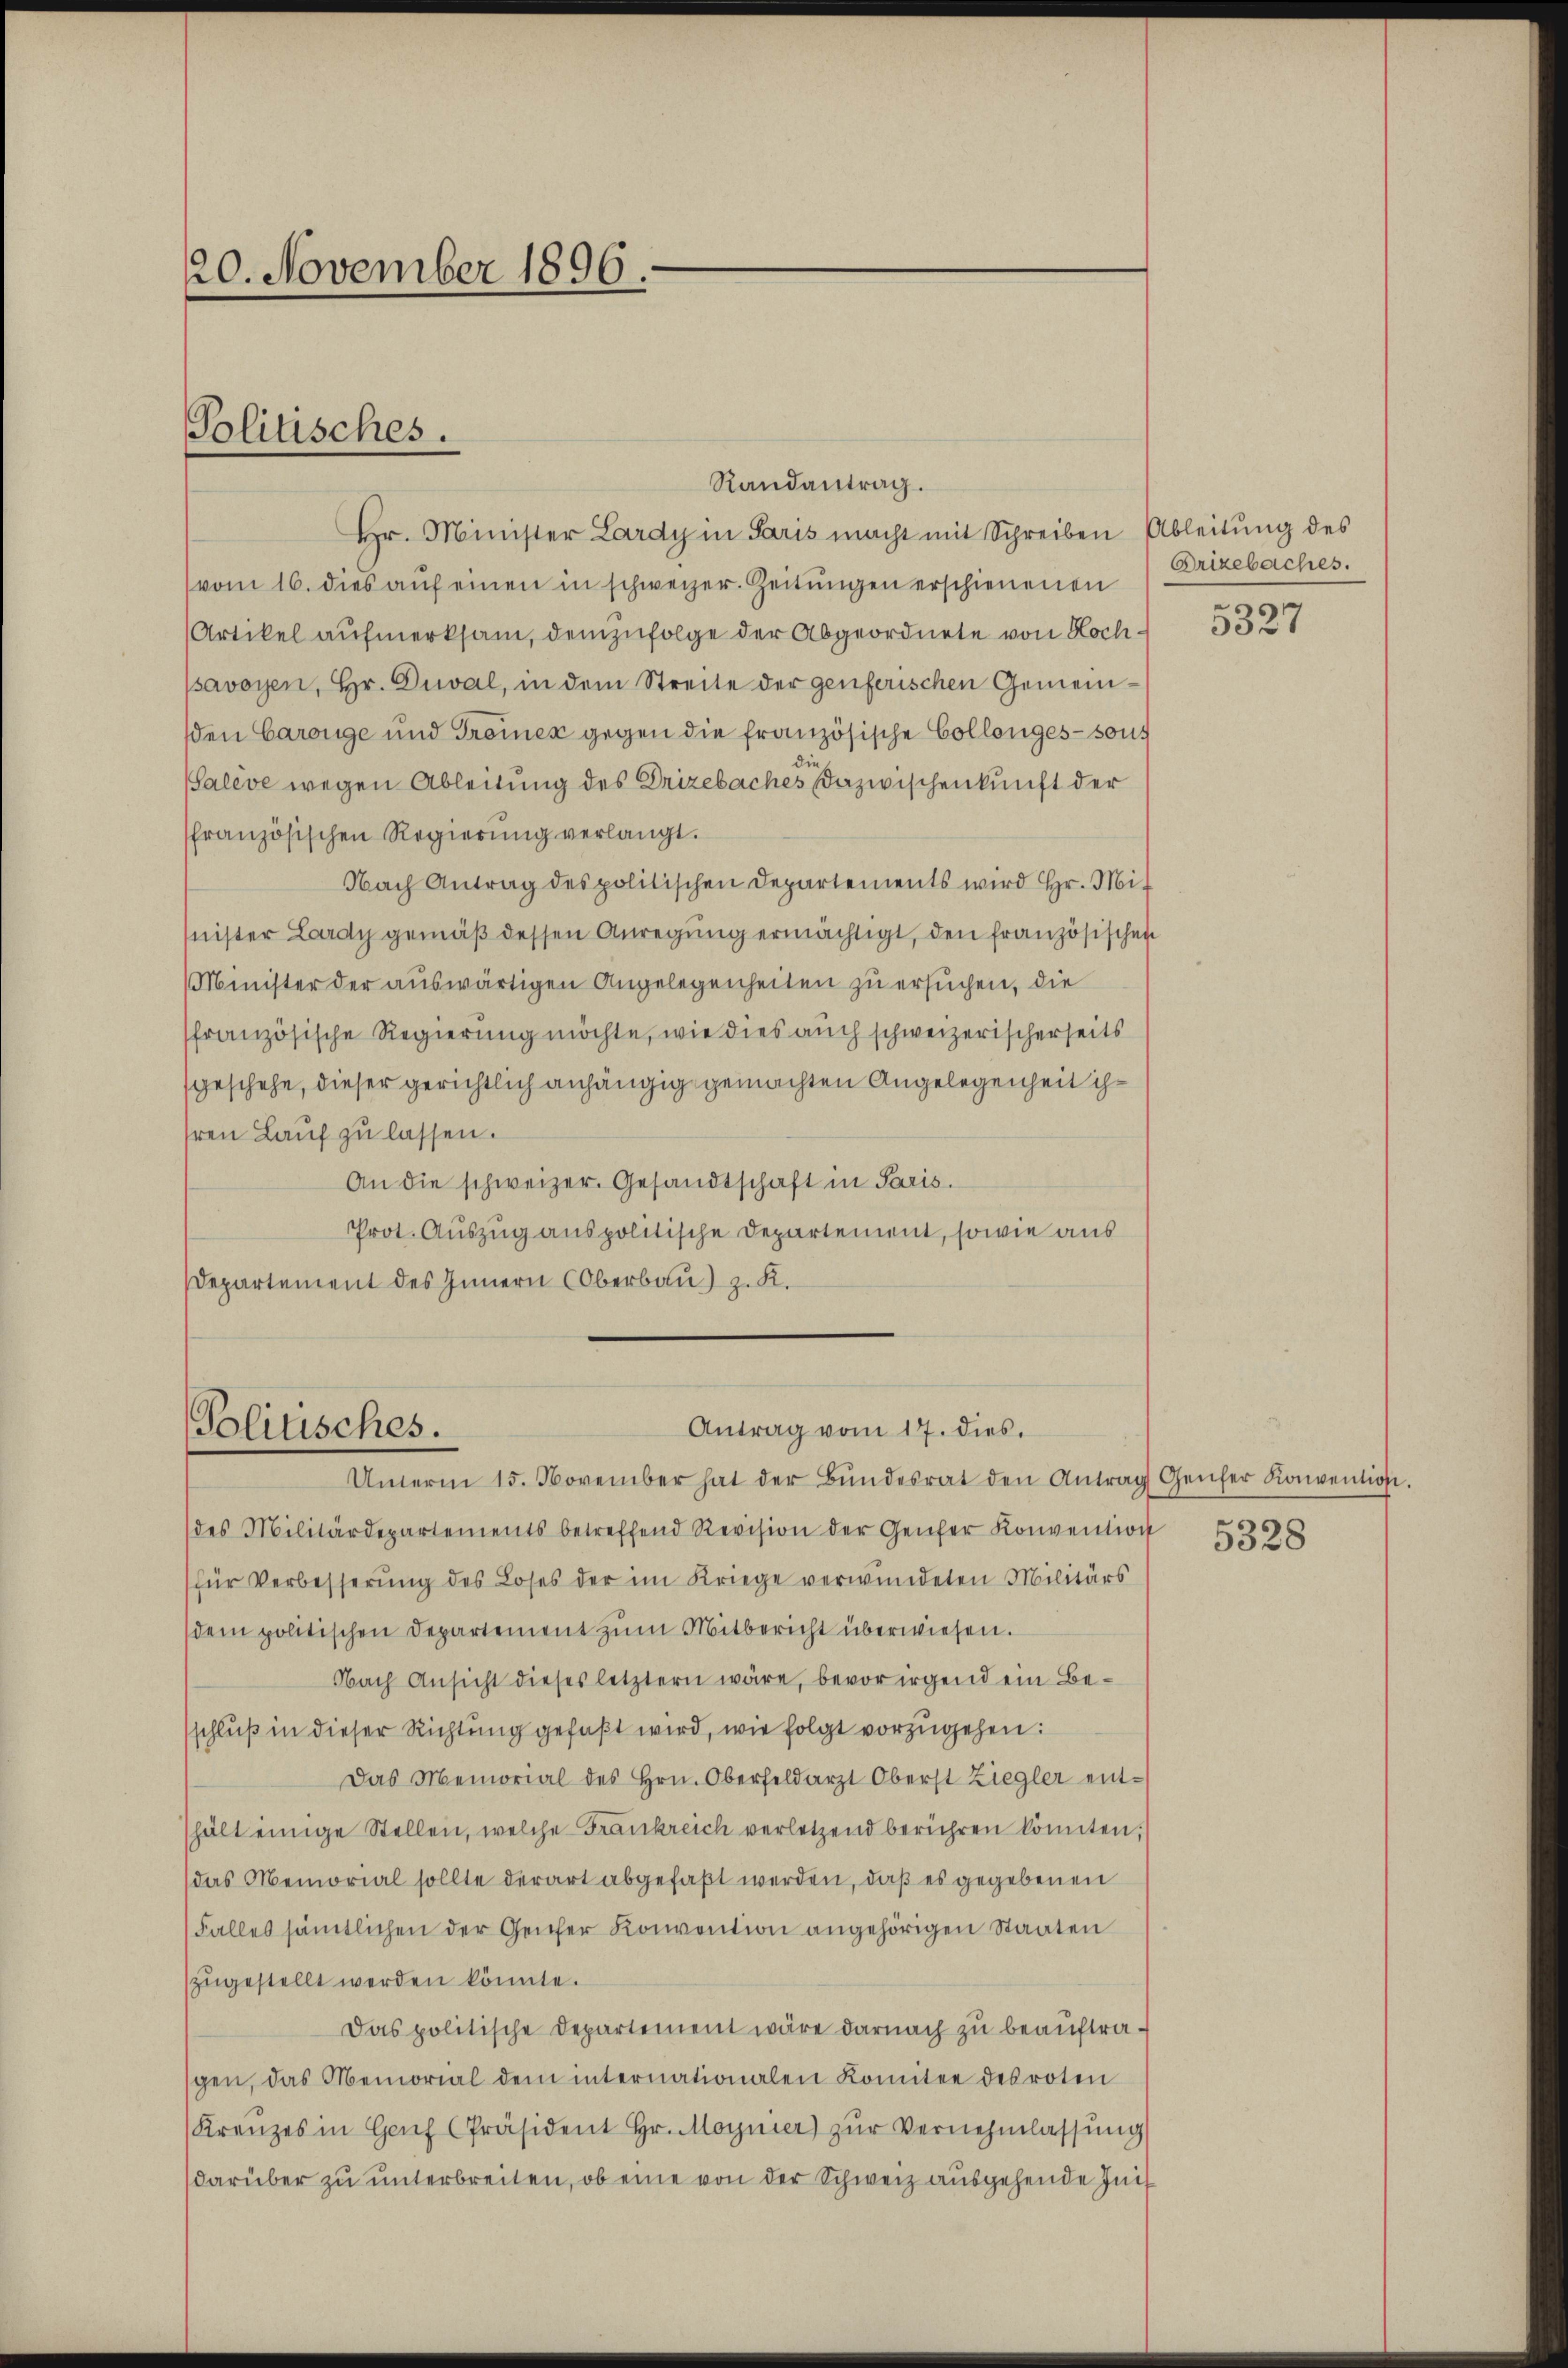
20. November 1896.

Politisches.

Randantrag.
Hr. Minister Lardy in Paris macht mit Schreiben Ableitung des
vom 16. dies aŭf einen in schweizer. Zeitŭngen erschienenen
Artikel aufmerksam, demzufolge der Abgeordnete von Hochsavoyen, Hr. Duval, in dem Streite der genferischen Gemeinden Carouge und Troiex gegen die französische Collenges - sons
Saleve wegen Ableitung des Drizebaches Dazwischenkunft der
ffranzösischen Regierŭng verlangt.
Nach Antrag des politischen Departements wird Hr. Mit
nister Lardy gemäß dessen Anregung ermächtigt, den französischen
Minister der auswärtigen Angelegenheiten zu ersuchen, die
ffranzösische Regierung möchte, wie dies auch schweizerischerseits
sgeschehe, dieser gerichtlich anhängig gemachten Angelegenheit ihhren Lauf zu lassen.
An die schweizer. Gesandtschaft in Paris.
Prot. Auszug aus politische Departement, sowie aus
Departement des Innern Oberbau) z. K.

Antrag vom 17. dies.
Politisches.
Unterm 15. November hat der Bŭndesrat den Antrag Genfer Konvention.

(des Militärdepartements betreffend Revision der Genfer Konvention
(für Verbesserung des Loses der im Kriege verwundeten Militärs
(dem politischen Departement zum Mitbericht überwiesen.
Nach Ansicht dieses letztern wäre, bevor irgend ein Besschluß in dieser Richtung gefaßt wird, wie folgt vorzugehen:
Das Memorial des Hrn. Oberfeldarzt Oberst Ziegler ent-
hält einige Stellen, welche Frankreich verletzend berühren könnten;
das Memorial sollte derart abgefaßt werden, daß es gegebenen
Falles sämtlichen der Genfer Konvention angehörigen Staaten
zŭgestellt werden könnte.
Das politische Departement wäre darnach zu beauftraspen, das Memorial dem internationalen Komitee des roten
Kreŭzes in Hanf Präsident Hr. Moynier) zŭr Vernehmlassŭng
darüber zu unterbreiten, ob eine von der Schweiz ausgehende Init

Orizebaches.
n

3327

5328